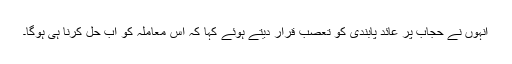
انہوں نے حجاب پر عائد پابندی کو تعصب قرار دیتے ہوئے کہا کہ اس معاملہ کو اب حل کرنا ہی ہوگا۔